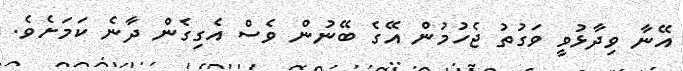
އޭނާ ވިދާޅުވީ ވަގުތު ޖެހުމުން އޭގެ ބޭނުން ވެސް އެގިގެން ދާނެ ކަމަށެވެ.